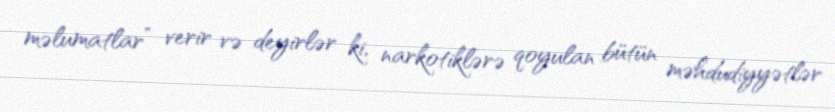
məlumatlar” verir və deyirlər ki, narkotiklərə qoyulan bütün məhdudiyyətlər